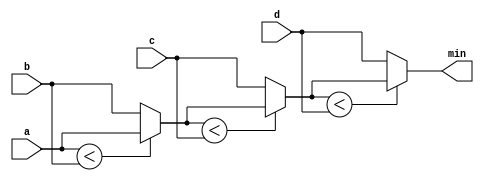
//Given four unsigned numbers, find the minimum. Unsigned numbers can be compared with standard comparison operators (a < b). 
//Use the conditional operator to make two-way min circuits, then compose a few of them to create a 4-way min circuit. 
//You'll probably want some wire vectors for the intermediate results.

module top_module (
    input [7:0] a, b, c, d,
    output [7:0] min);
    
    wire [7:0] int1, int2;
    
    //condition ? if_true : if_false
    assign int1 = (a<b)? a:b; 
    assign int2 = (int1<c)? int1:c;
    assign min  = (int2<d)? int2:d;
endmodule